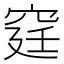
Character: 𥥶